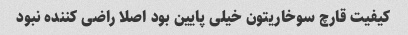
کیفیت قارچ سوخاریتون خیلی پایین بود اصلا راضی کننده نبود